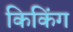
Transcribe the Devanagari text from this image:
किकिंग